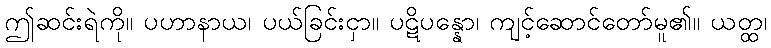
ဤဆင်းရဲကို။ ပဟာနာယ၊ ပယ်ခြင်းငှာ။ ပဋိပန္နော၊ ကျင့်ဆောင်တော်မူ၏။ ယတ္ထ၊